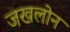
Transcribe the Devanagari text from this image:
जखलोन